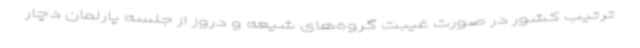
ترتیب کشور در صورت غیبت گروه‌های شیعه و دروز از جلسه پارلمان دچار